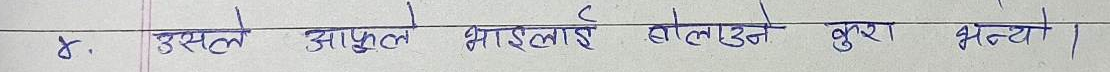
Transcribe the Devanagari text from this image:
४. उसले आफूले भाइलाई बोलाउने कुरा भन्यो।